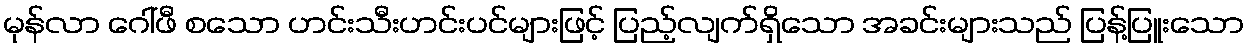
မုန်လာ ဂေါ်ဖီ စသော ဟင်းသီးဟင်းပင်များဖြင့် ပြည့်လျက်ရှိသော အခင်းများသည် ပြန့်ပြူးသော